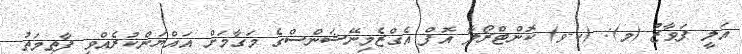
އަލީ ފަވާޒު (މ): (ކ-ވ) ކޮންޓްރޯލާ އޮފް އެގްޒެމިނޭޝަންސްގެ މަގާމަށް އައްޔަންކުރެއްވި ފާތިމަތު